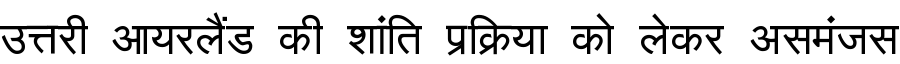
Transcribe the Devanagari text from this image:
उत्तरी आयरलैंड की शांति प्रक्रिया को लेकर असमंजस